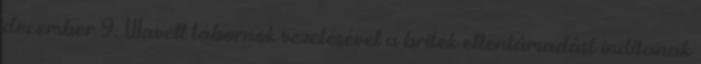
december 9. Wavell tábornok vezetésével a britek ellentámadást indítanak